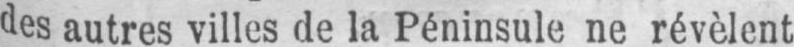
des autres villes de la Péninsule ne révèlent